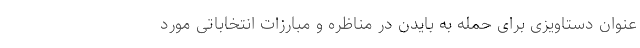
عنوان دستاویزی برای حمله به بایدن در مناظره و مبارزات انتخاباتی مورد